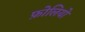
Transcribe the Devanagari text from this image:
फ़ोलियो